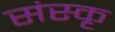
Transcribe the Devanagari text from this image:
संस्कृ